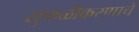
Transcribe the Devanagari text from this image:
सुफळीकरणाचे